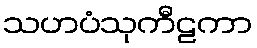
သဟပံသုကီဠကာ